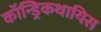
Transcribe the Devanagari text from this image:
कॉन्ड्रिकथायिस